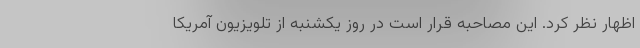
اظهار نظر کرد. این مصاحبه قرار است در روز یکشنبه از تلویزیون آمریکا